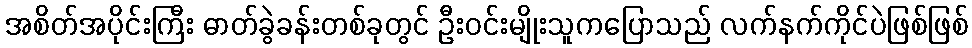
အစိတ်အပိုင်းကြီး ဓာတ်ခွဲခန်းတစ်ခုတွင် ဦးဝင်းမျိုးသူကပြောသည် လက်နက်ကိုင်ပဲဖြစ်ဖြစ်